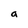
Character: a